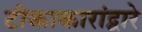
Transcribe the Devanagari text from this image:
टीकाकारांद्वारे